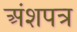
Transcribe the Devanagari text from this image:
अंशपत्र